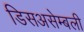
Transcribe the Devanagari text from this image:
डिसअसेम्बली